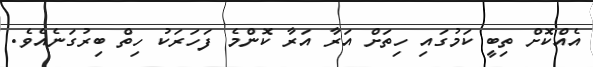
އެއްކޮށް ތިބީ ކަމުގައި ހިތަށް އަރާ އަރާ ކޮންމެ ފަހަރަކު ހިތް ބިރުގަނެއެވެ.